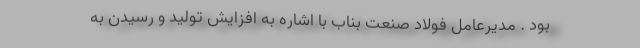
بود . مديرعامل فولاد صنعت بناب با اشاره به افزايش توليد و رسيدن به